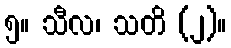
၅။ သီလ၊ သတိ (၂)။